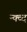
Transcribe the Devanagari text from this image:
न्क्व्द